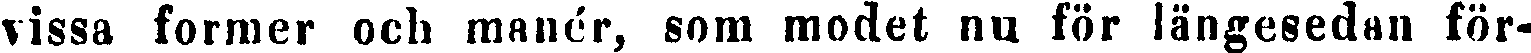
vissa former och manér, som modet nu för längesedan för-